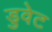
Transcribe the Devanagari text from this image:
डुवेट